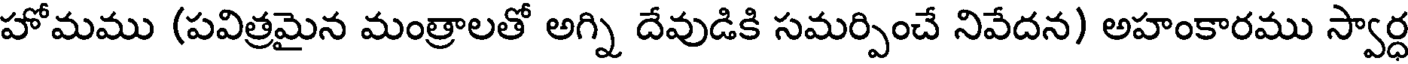
హోమము (పవిత్రమైన మంత్రాలతో అగ్ని దేవుడికి సమర్పించే నివేదన) అహంకారము స్వార్ధ